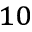
_ { 1 0 }